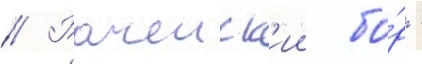
// Рачеиск'ии бо́р -